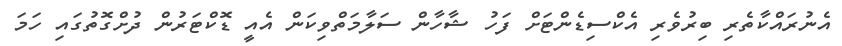
އެނުރައްކާތެރި ބިރުވެރި އެކްސިޑެންޓަށް ފަހު ޝާހާން ސަލާމަތްވިކަން އެއީ ޑޮކްޓަރުން ދުށްގޮތުގައި ހަމަ